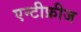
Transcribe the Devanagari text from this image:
एन्टीफ्रीज